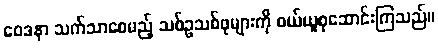
ဝေဒနာ သက်သာစေမည့် သစ်ဥသစ်ဖုများကို ဝယ်ယူစုဆောင်းကြသည်။